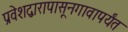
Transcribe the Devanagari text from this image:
प्रवेशद्वारापासूनगावापर्यंत